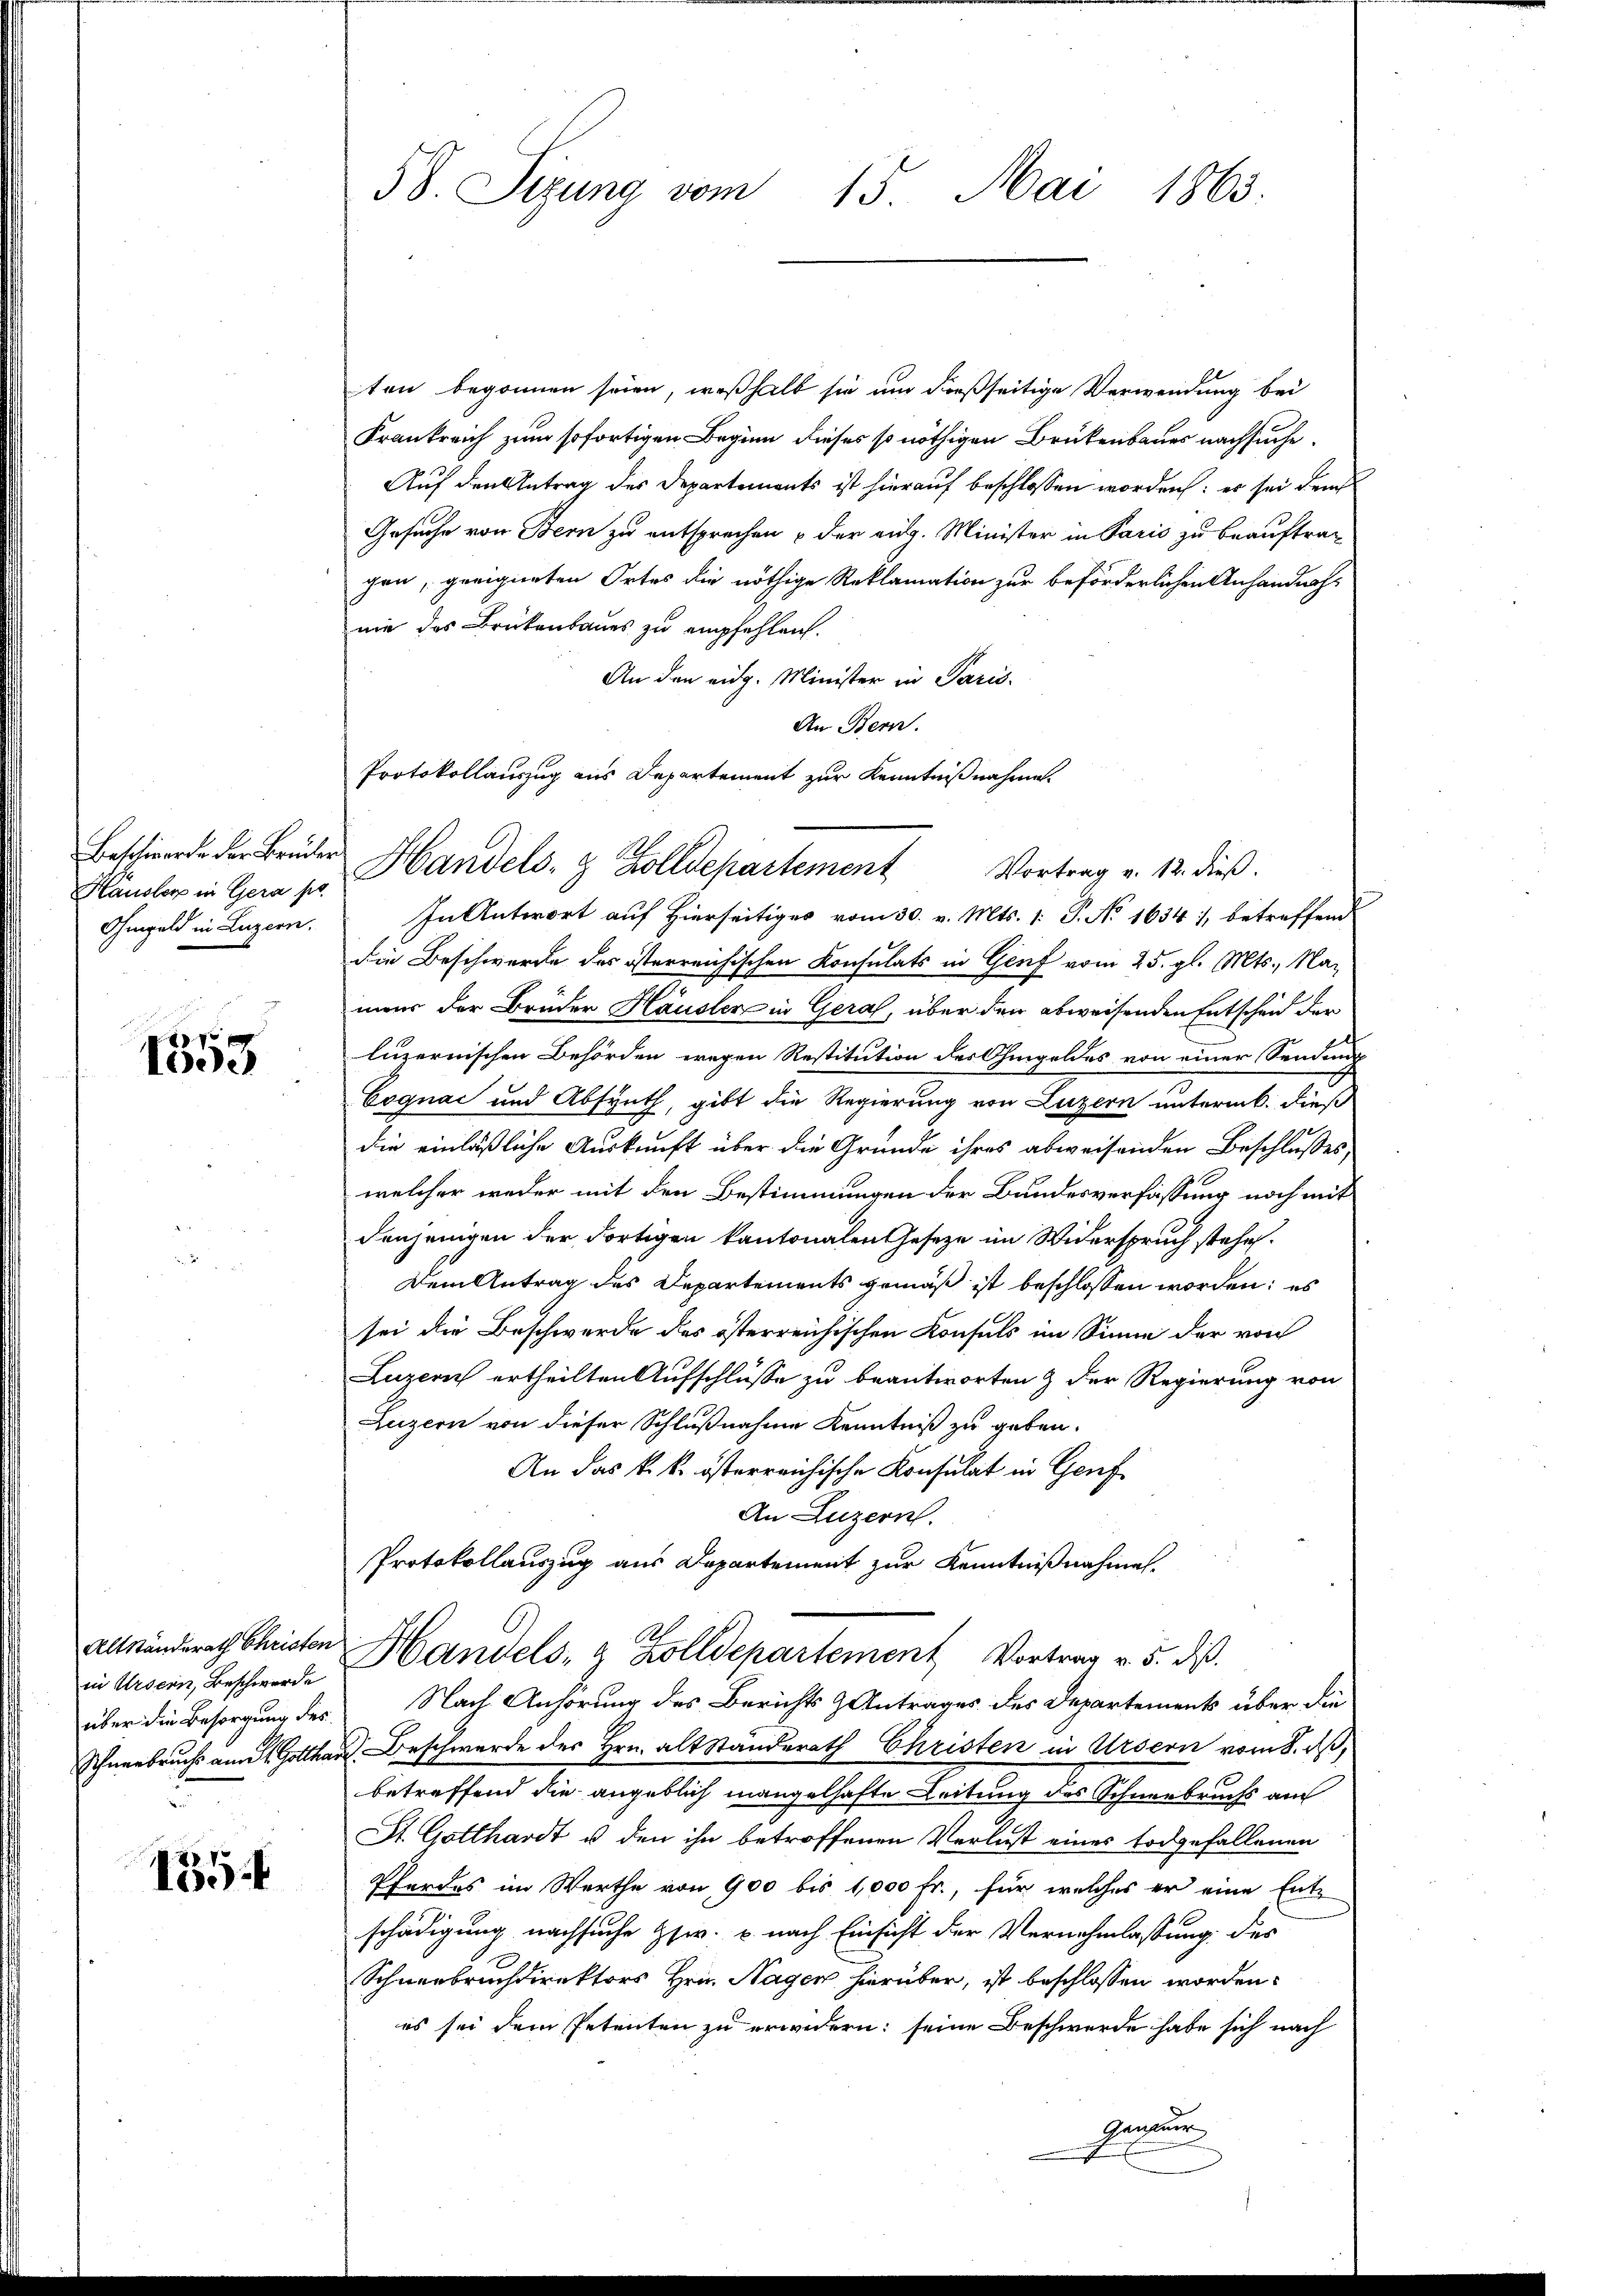
Hausler in Gera pr
Ohmgeld in Luzern.

e
1
1553

in Ursern, Beschwerde

155.

58. Sizung vom 15. Mai 1863.

ten begonnen seien, weßhalb sie um dießseitige Verwendung bei
Krankreich zum sofortigen Beginn dieses so nöthigen Brückenbauer nachsuche.
Auf den Antrag des Departements ist hierauf beschlossen worden: es sei dem
Gesuche von Bern zu entsprechen & der aug. Minister in Paris zu beauftrag
gen, geeigneten Ortes die nöthige Reklamation zur beförderlichen Anhandnahnie des Brückenbaues zu empfehlen.
An den eidg. Minister in Paris.
An Bern.
In Antwort auf Hierseitiges vom 30. v. Mts. 1: P. No 1634, betreffend
die Beschwerde des österreichischen Konsulats in Genf vom 25. gl. Mts., Nah
neur der Brüder Hausler in Geral, über den abweisenden Entscheid der
luzernischen Behörden wegen Restitution des Ohmgeldes von einer Sendung
Cognac und Absynth, gibt die Regierung von Luzern unterm 6. dieß
die einläßliche Auskunft über die Gründe ihres abweisenden Beschlusses
welcher weder mit den Bestimmungen der Bundesverfassung noch mit
denjenigen der dortigen kantonalen Gesetze im Widerspruch stehe.
Dem Antrag des Departements gemäß ist beschlossen worden; es
sei die Beschwerde des österreichischen Konsuls im Sinne der von
Luzern ertheilten Aufschlüsse zu beantworten & der Regierung von
Luzern von dieser Schlußnahme Kenntniß zu geben.
An das k. k. österreichische Konsulat in Genf
An Luzern.
Protokollauszug aus Departement zur Kenntnißnahme.
Alländerath Christen Handels- & Zolldepartement Vortrag v. 5. ds.
über die Besorgung des Nach Anhörung des Berichts Antrages des Departement über die
Schneebruchs an Gotthard Beschwerde des Hrn. Altständerath Christen in Ursern vom 8. ds,
betreffend die angeblich mangelhafte Leitung des Schneebruchs auch
St. Gotthardt u den ihn betroffenen Verlust eines todgefallenen
Pferdes im Werthe von 900 bis 1,000 Fr., für welches er eine Entschädigung nachsuche Zsw. u. nach Einsicht der Vernehmlassung des
Schneebruchdirektors Hrn. Nager hierüber, ist beschlossen worden.
es sei dem Petenten zu erwidern: seine Beschwerde habe sich nach
hinau

Protokollauszug aus Departement zur Kenntnißnahme.
Beschwerte der Brüder Handels- & Zolldepartement Vortrag v. 12. dieß.